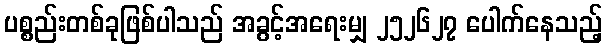
ပစ္စည်းတစ်ခုဖြစ်ပါသည် အခွင့်အရေးမျှ ၂၅၂၆၂၇ ပေါက်နေသည့်